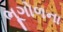
ભૂગોળના